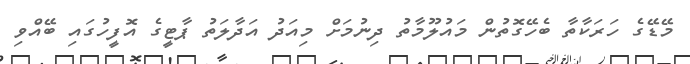
މޭޑޭގެ ހަރަކާތާ ބެހޭގޮތުން މައުލޫމާތު ދިނުމަށް މިއަދު އަދާލަތު ޕާޓީގެ އޮފީހުގައި ބޭއްވި